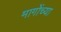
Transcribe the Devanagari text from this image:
मागोंच्या